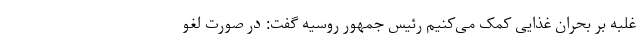
غلبه بر بحران غذایی کمک می‌کنیم رئیس جمهور روسیه گفت: در صورت لغو